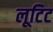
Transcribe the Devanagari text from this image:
लूटिट